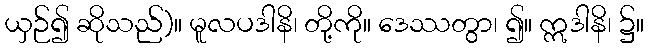
ယှဉ်၍ ဆိုသည်)။ မူလပဒါနိ၊ တို့ကို။ ဒေဿတွာ၊ ၍။ ဣဒါနိ၊ ၌။